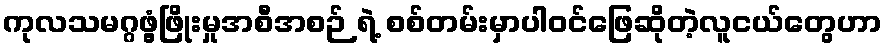
ကုလသမဂ္ဂဖွံ့ဖြိုးမှုအစီအစဉ် ရဲ့ စစ်တမ်းမှာပါဝင်ဖြေဆိုတဲ့လူငယ်တွေဟာ